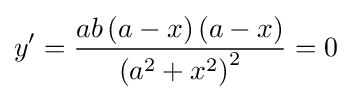
y'={\frac {ab\left(a-x\right)\left(a-x\right)}{\left(a^{2}+x^{2}\right)^{2}}}=0